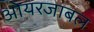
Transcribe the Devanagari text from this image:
ओयरजाबल